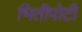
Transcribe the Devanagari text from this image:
भितीपोटी